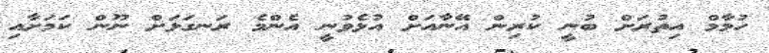
ހުމާމް އިތުރަށް ބުނީ ކުރިން އޭނާއަށް އުޅެވުނީ އެންމެ ރަނގަޅަށް ނޫން ކަމަށާއި